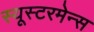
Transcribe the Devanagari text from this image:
स्यूस्टरमेन्स